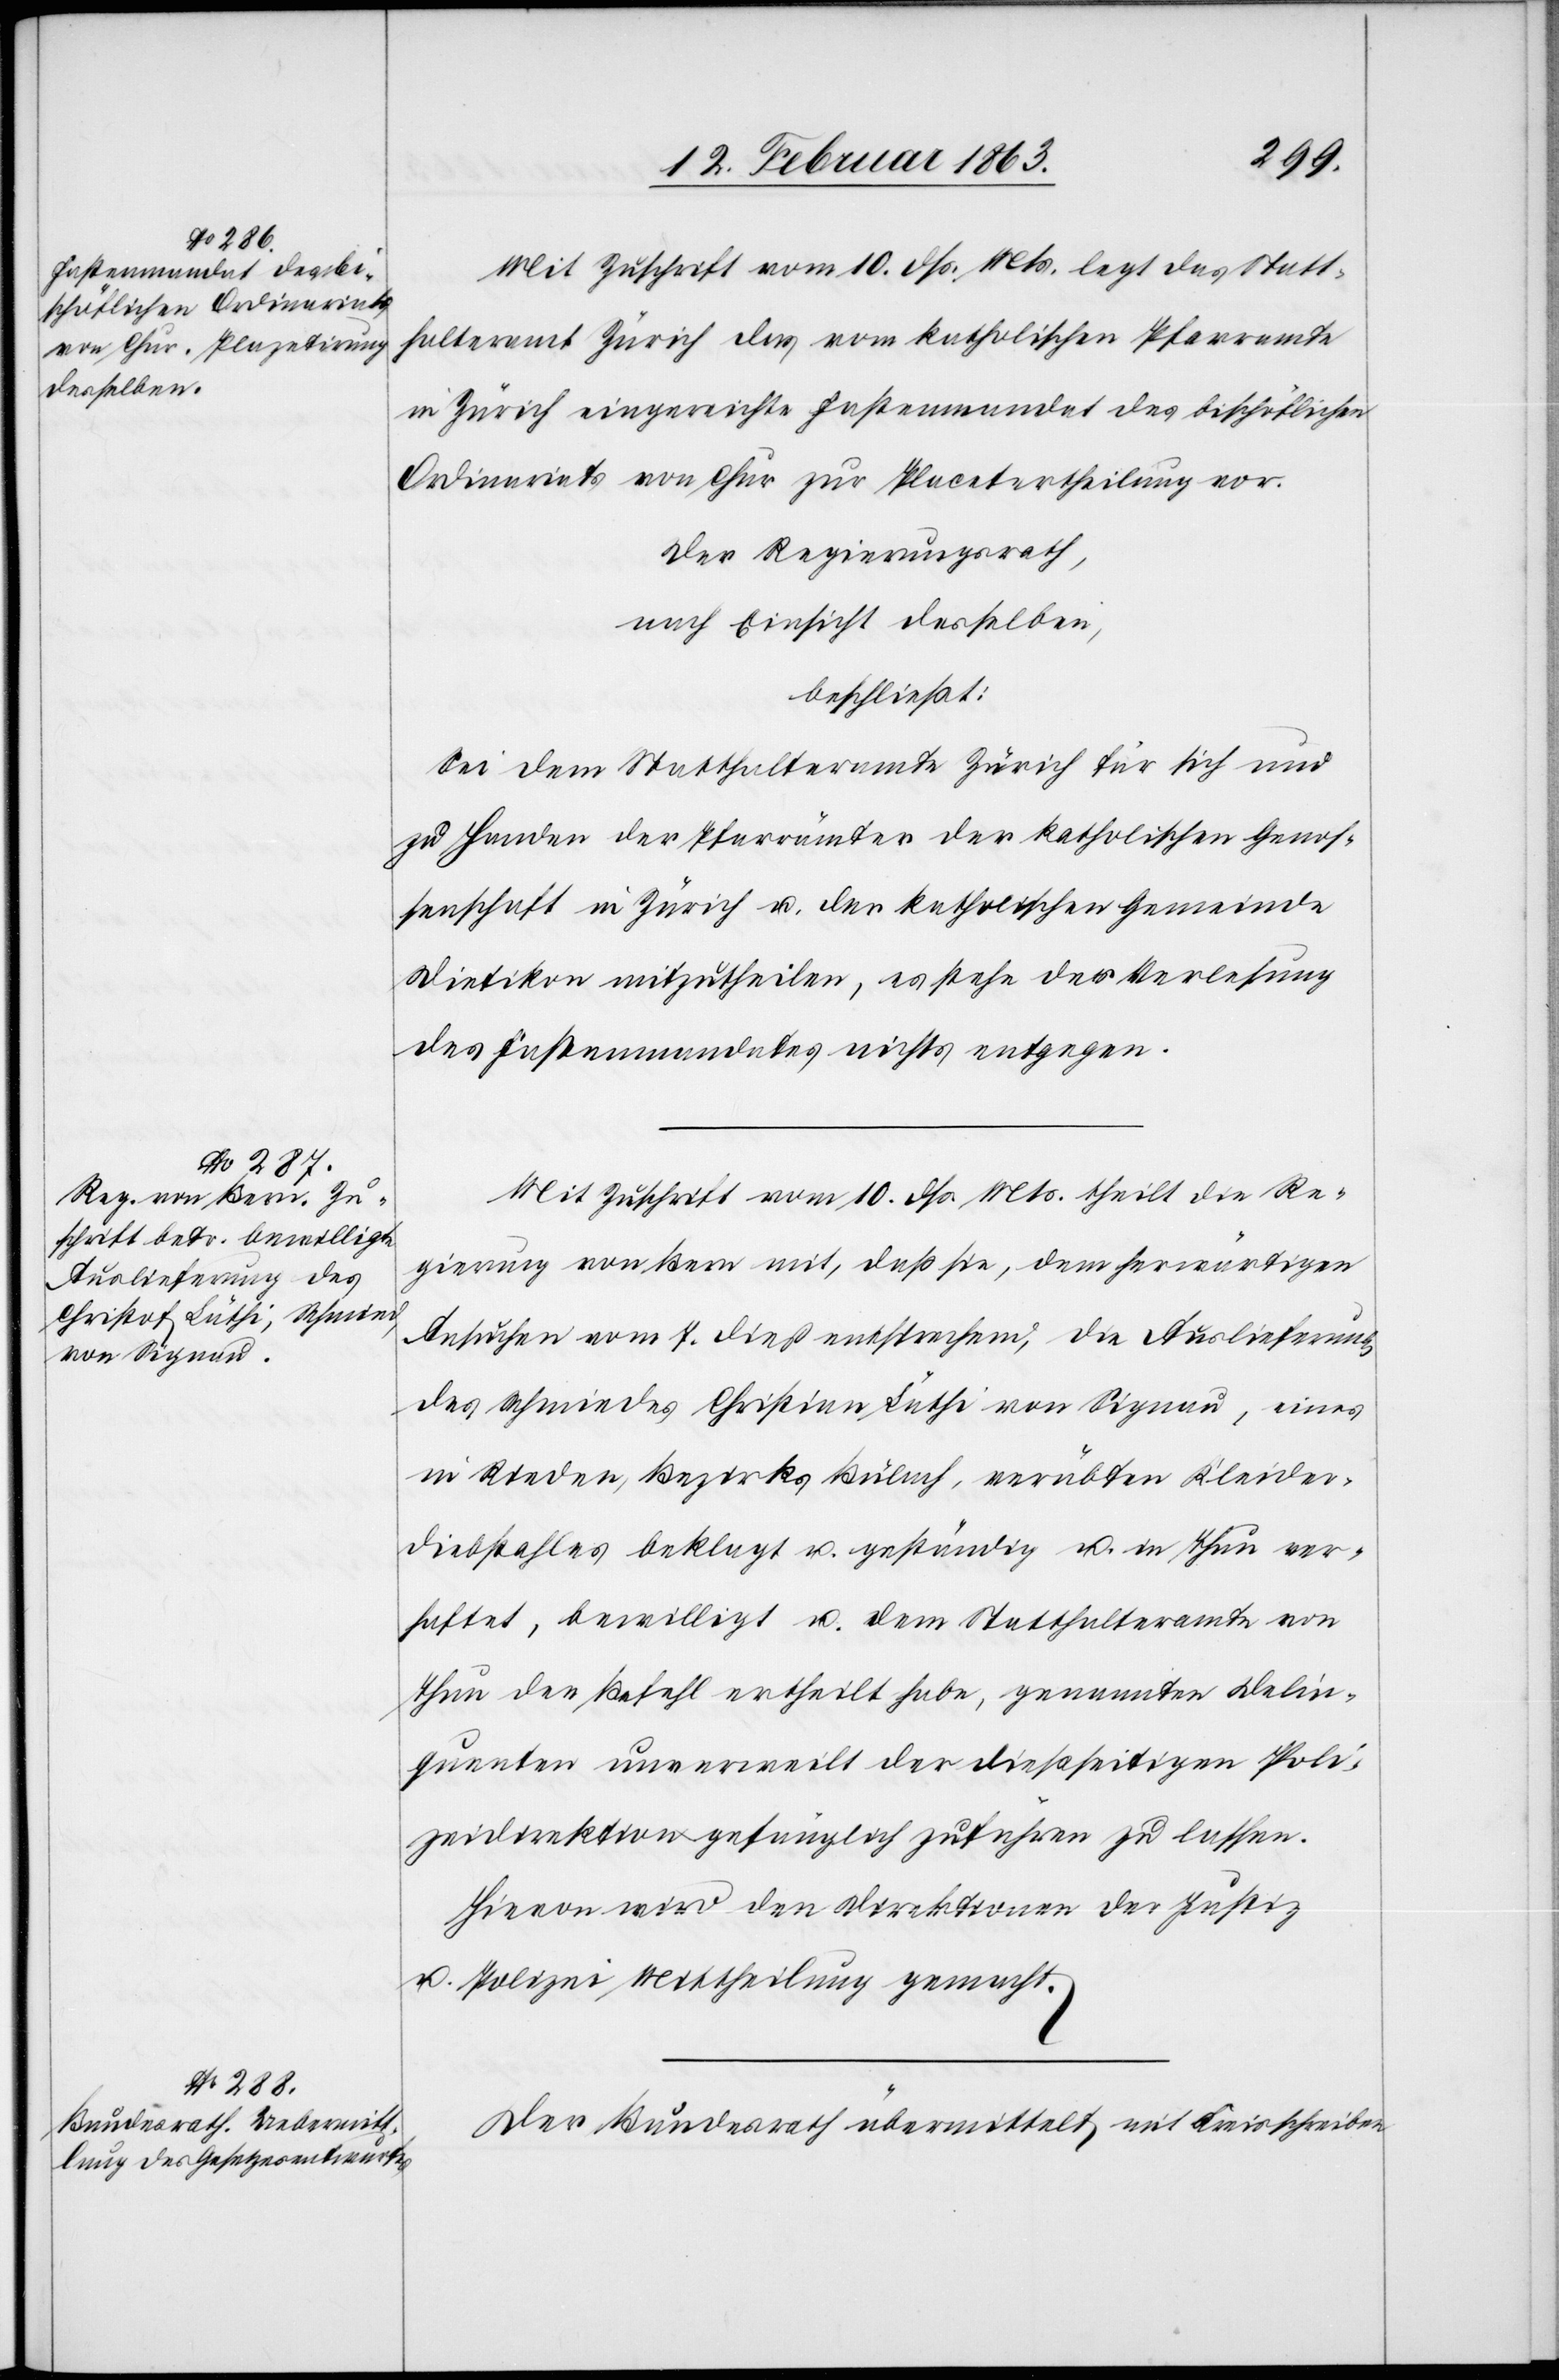
Mit Zuschrift vom 10. dß. Mts. legt das Statt¬
halteramt Zürich das vom katholischen Pfarramte
in Zürich eingereichte Fastenmandat des bischöflichen
Ordinariats von Chur zur Placetertheilung vor.
Der Regierungsrath,
nach Einsicht desselben,
beschließt:
Sei dem Statthalteramte Zürich für sich und
zu Handen der Pfarrämter der katholischen Genos¬
senschaft in Zürich u. der katholischen Gemeinde
Dietikon mitzutheilen, es stehe der Verlesung
des Fastenmandates nichts entgegen.
Mit Zuschrift vom 10. dß. Mts. theilt die Re¬
gierung von Bern mit, daß sie, dem herwärtigen
Ansuchen vom 7. dieß entsprechend, die Auslieferung
des Schmiedes Christian Lüthi von Signau, eines
in Rieden, Bezirks Bülach, verübten Kleider¬
diebstahles beklagt und geständig u. in Thun ver¬
haftet, bewilligt und dem Statthalteramte von
Thun den Befehl ertheilt habe, genannten Delin¬
quenten unverweilt der dießseitigen Poli¬
zeidirektion gefänglich zuführen zu lassen.
Hievon wird den Direktionen der Justiz
u. Polizei Mittheilung gemacht.
Der Bundesrath übermittelt mit Kreisschreiben